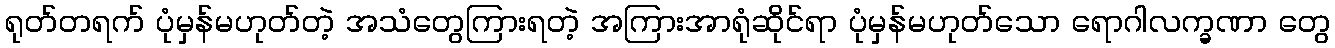
ရုတ်တရက် ပုံမှန်မဟုတ်တဲ့ အသံတွေကြားရတဲ့ အကြားအာရုံဆိုင်ရာ ပုံမှန်မဟုတ်သော ရောဂါလက္ခဏာ တွေ